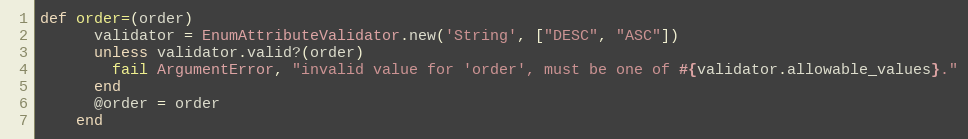
Language: Ruby
def order=(order)
      validator = EnumAttributeValidator.new('String', ["DESC", "ASC"])
      unless validator.valid?(order)
        fail ArgumentError, "invalid value for 'order', must be one of #{validator.allowable_values}."
      end
      @order = order
    end